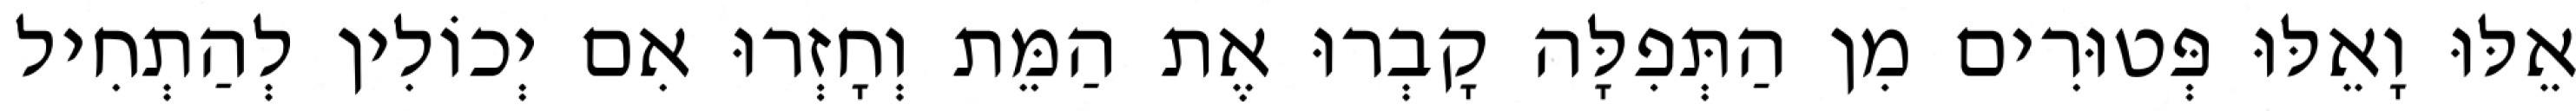
אֵלּוּ וָאֵלּוּ פְּטוּרִים מִן הַתְּפִלָּה קָבְרוּ אֶת הַמֵּת וְחָזְרוּ אִם יְכוֹלִין לְהַתְחִיל